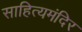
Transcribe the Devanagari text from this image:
साहित्यमंदिर